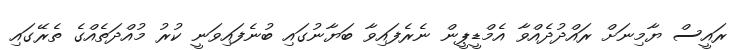
ރައީސް ޔާމިނަށް ރައްދުދެއްވާ އެމްޑީޕީން ނެރެފައިވާ ބަޔާނުގައި ބުނެފައިވަނީ ކުރު މުއްދަތެއްގެ ތެރޭގައި